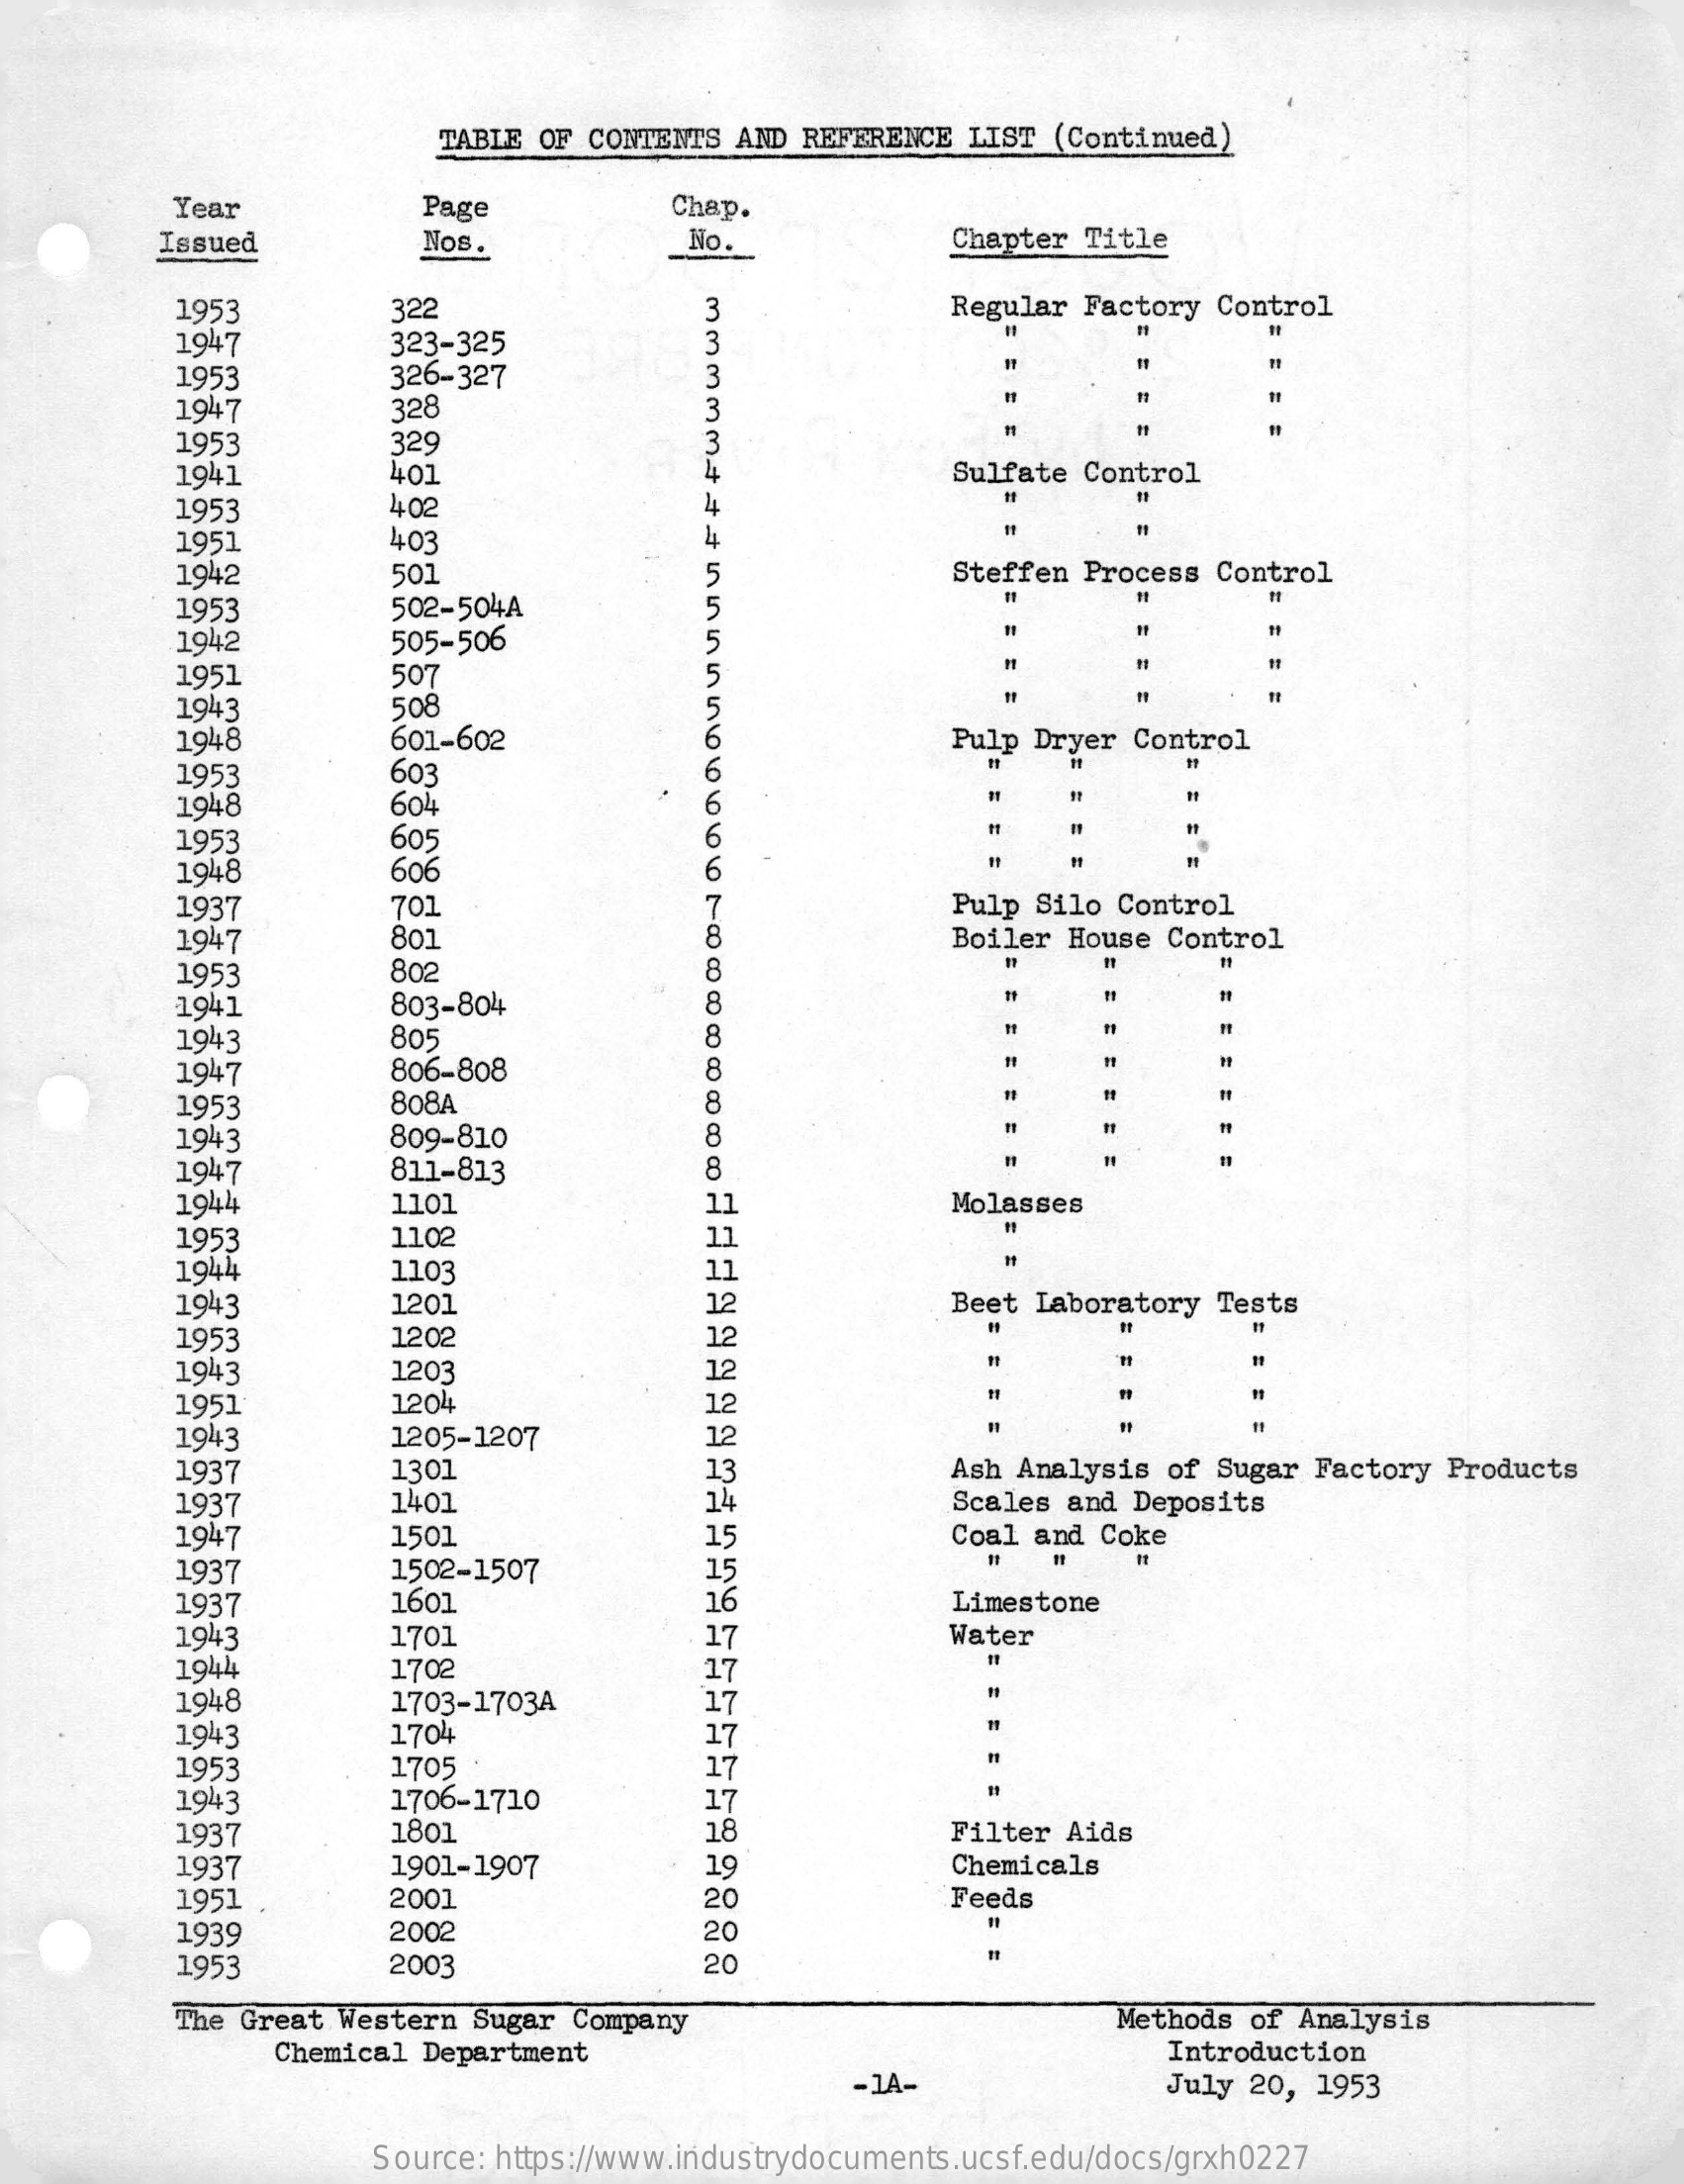
TABLE OF CONTENTS AND  REFERENCE LIST (Continued)
     Year    Page    Chap.
     Issued    Nos.    No.    Chapter Title
     1953    322    Regular Factory  Control
     1947    323-325
     1953    326-327
     1947    328
     1953    329
     1941    401    44    Sulfate Control
     1953    402
     1951    403    4
     1942    501    Steffen Process  Control
     1953    502-504A
     1942    505-506
     1951    507
     =
     1943    508
     1948    601-602    Pulp Dryer  Control
     1953    603
     1948    60 ₺
     1953    605
     1948    606
     1937    701    Pulp Silo Control
     1947    801    Boiler House  Control
     1953    802    8
     1941    803-804    8
     1943    805
     1947    806-808    8
     1953    808A    8
     1943    809-810
     1947    811-813    8
     1944    1101    11    Molasses
     1953    1102    11
     1944    1103    11
     1943    1201    12    Beet Laboratory  Tests
     1953    1202    12
     1943    1203    12
     1951    1204    12
     1943    1205-1207    12
     1937    1301    13    Ash Analysis of  Sugar Factory Products
     1937    1401    14    Scales and Deposits
     1947    1501    15
     1502-1507    15
     Coal and Coke
     1937
     1937    1601    16    Limestone
     1943    1701    17    Water
     1944    1702    17
     1948    1703-1703A    17
     1943    1704    17    11
     1953    1705    17
     1943    1706-1710    17
     1937    1801    18    Filter Aids
     1937    1901-1907    19    Chemicals
     1951    2001    20    Feeds
     1939    2002    20
     1953    2003    20
     The Great Western  Sugar Company    Methods of Analysis
     Chemical Department    Introduction
     - 1A-    July 20, 1953
     Source: https://www.industrydocuments.ucsf.edu/docs/grxh0227